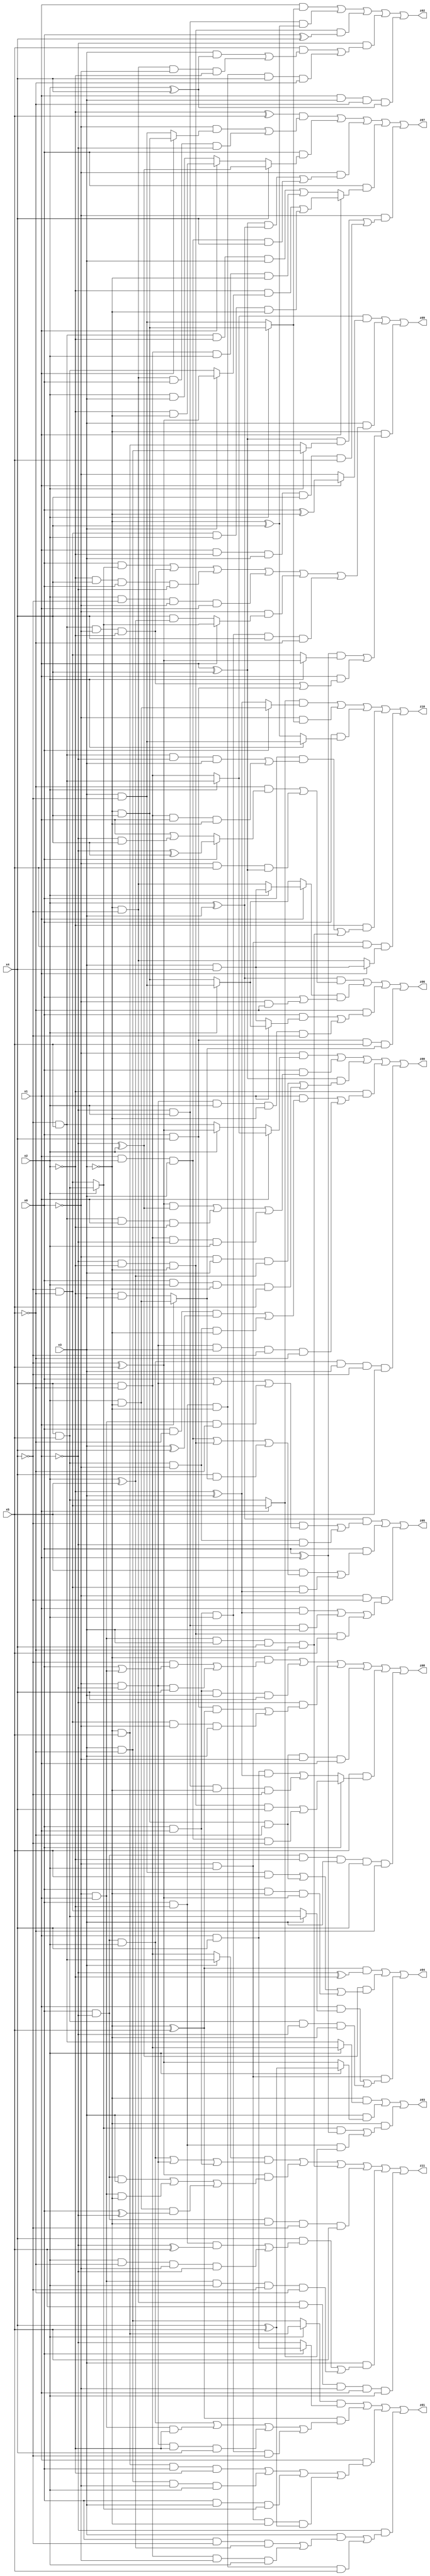
// Benchmark "X_54" written by ABC on Fri Jun 02 22:54:11 2023

module X_54 ( 
    x0, x1, x2, x3, x4, x5,
    z00, z01, z02, z03, z04, z05, z06, z07, z08, z09, z10, z11  );
  input  x0, x1, x2, x3, x4, x5;
  output z00, z01, z02, z03, z04, z05, z06, z07, z08, z09, z10, z11;
  assign z00 = (~x0 & (x1 ? (x2 ? (~x4 & x5) : (x4 & ~x5)) : (x2 ? (~x4 ^ x5) : (~x4 & x5)))) | (x0 & (((~x4 ^ x5) & (~x1 ^ x2)) | (~x4 & x5 & x1 & ~x2) | (x4 & ~x5 & ~x1 & x2))) | ((x1 ^ x4) & ((~x0 & x3 & (x2 ^ x5)) | (x0 & x2 & ~x3 & x5))) | (~x2 & ((x1 & ((x0 & ~x5 & (x3 ^ x4)) | (x4 & x5 & ~x0 & ~x3))) | (~x0 & ~x1 & x3 & ~x4 & ~x5))) | (x0 & ~x1 & x2 & x3 & ~x4 & x5);
  assign z01 = ((x2 ? (~x3 & x5) : (x3 & ~x5)) & (x0 ? (x1 & x4) : ~x1)) | ((~x3 ^ x5) & ((x0 & ~x1 & x2) | (~x0 & x1 & ~x2) | (~x0 & ~x1 & ~x2 & x4) | (x0 & x1 & x2 & ~x4))) | (x1 & ((~x3 & x5 & x0 & ~x2) | (x3 & ~x5 & ~x0 & x2) | (x0 & x3 & (x2 ? (x4 & x5) : (~x4 & ~x5))) | (~x0 & x2 & ~x3 & (x4 ^ x5)))) | (~x1 & ((x3 & ((x0 & ~x4 & (x2 ^ x5)) | (x4 & ~x5 & ~x0 & x2))) | (x0 & ~x2 & ~x3 & x5)));
  assign z02 = (x1 & (x2 ? (~x3 & x4) : (x3 & ~x4))) | (~x1 & x2 & (~x3 ^ x4)) | (~x1 & ~x2 & ~x3 & (x0 ^ x4)) | (~x1 & ((x5 & ((x3 & (x2 ^ x4)) | (~x3 & ~x4 & ~x0 & ~x2))) | (x0 & ~x2 & ~x3 & x4 & ~x5))) | (x1 & x3 & ~x5 & (x2 ^ x4));
  assign z03 = (~x3 & (x2 ? (x4 & ~x5) : (~x4 & x5))) | (x3 & (x2 ? (x4 ^ x5) : (~x4 ^ x5))) | (~x3 & (((x2 ? (x4 & x5) : (~x4 & ~x5)) & (x0 ^ x1)) | (x0 & ~x2 & (x1 ? (~x4 & ~x5) : (x4 & x5)))));
  assign z04 = ((~x3 ^ x5) & (~x1 ^ ~x2)) | ((~x1 ^ x2) & ((x3 & ~x4 & x5) | (~x3 & x4 & ~x5) | (x0 & ~x3 & (~x4 ^ x5)))) | (~x0 & x2 & ((x1 & (x3 ? (x4 & x5) : (~x4 & ~x5))) | (x4 & x5 & ~x1 & ~x3)));
  assign z05 = ((x2 ^ x3) & ((~x4 & (x0 | (~x0 & ~x1) | (~x0 & x1 & ~x5))) | (x4 & x5 & ~x0 & ~x1))) | (x0 & ((x5 & ((x1 & x2 & x3) | (~x1 & ~x2 & ~x3) | (x4 & (x1 ? (x2 & ~x3) : (~x2 & x3))))) | (~x4 & ~x5 & (~x2 ^ x3)))) | (~x0 & ~x4 & ((x1 & (~x2 ^ x3)) | (~x1 & x2 & x3) | (~x1 & ~x2 & ~x3 & x5)));
  assign z06 = ((x2 ^ x3) & ((~x5 & (x0 ? (~x1 ^ x4) : (x1 | (~x1 & x4)))) | (~x0 & x5 & (x1 ^ x4)))) | ((x1 ? (x2 ? (x3 & x4) : (~x3 & ~x4)) : (x2 ? (x3 & ~x4) : (~x3 & x4))) & (x0 | (~x0 & ~x5))) | (~x5 & ((x0 & (x1 ? (x2 ? (x3 & ~x4) : (~x3 & x4)) : (x3 & x4))) | (~x0 & ~x1 & x2 & ~x3 & ~x4))) | (x0 & x4 & x5 & (x1 ? (x2 & ~x3) : (~x2 & x3)));
  assign z07 = ((~x2 ^ x5) & ((~x0 & (x1 ? (~x3 & x4) : (x3 & ~x4))) | (~x3 & ~x4 & x0 & ~x1))) | (x0 & (x4 ? (~x1 ^ x2) : (x1 ? (~x2 & ~x3) : (x2 & x3)))) | (~x0 & (((x1 ^ x4) & (x2 ^ x3)) | (x1 & x2 & x3 & x4))) | (x0 & (x1 ? ((~x2 & (x3 ? (~x4 ^ x5) : (x4 & x5))) | (~x4 & ~x5 & x2 & ~x3)) : ((~x4 & x5 & ~x2 & x3) | (x4 & ~x5 & x2 & ~x3)))) | (~x0 & (((x1 ^ x4) & (x2 ? (x3 & ~x5) : (~x3 & x5))) | (x1 & ~x2 & x3 & x4 & x5)));
  assign z08 = (~x3 & ((~x4 & (x0 | (~x0 & x1))) | (~x0 & ~x1 & x4))) | (x0 & x1 & x3 & x4) | (~x1 & ((x0 & x4 & (~x3 ^ x5)) | (~x4 & ~x5 & ~x0 & x3))) | (~x3 & x4 & ~x5 & ~x0 & x1) | (x5 & (x0 ? ((~x1 & ~x2 & ~x3 & x4) | (x1 & x2 & x3 & ~x4)) : ((x1 & x4 & (~x2 ^ x3)) | (~x1 & x2 & ~x3 & ~x4)))) | (x0 & ~x1 & ~x2 & x3 & x4 & ~x5);
  assign z09 = ((x2 ? (~x4 & x5) : (x4 & ~x5)) & (x1 ? (x0 ^ ~x3) : ~x0)) | (x3 & ((x0 & (x2 ? (x4 & x5) : (~x4 & ~x5))) | (~x4 & x5 & ~x0 & ~x2) | (~x2 & x4 & x0 & ~x1) | (x2 & ~x4 & ~x0 & x1) | (~x0 & (x1 ? (x2 ? (x4 & x5) : (~x4 & ~x5)) : (x4 & (x2 ^ x5)))) | (x0 & x1 & x2 & x4 & ~x5))) | (~x3 & (((x0 ^ x1) & (x2 ? (~x4 ^ x5) : (~x4 & ~x5))) | (x1 & ((~x4 & x5 & ~x0 & ~x2) | (x0 & x4)))));
  assign z10 = ((x1 ? (~x4 & ~x5) : (x4 & x5)) & (x0 ? (x2 & ~x3) : (~x2 ^ x3))) | (~x0 & (x2 ? (~x3 & x4) : (x3 & ~x4))) | (x0 & (x2 ? (x3 & ~x4) : (~x3 ^ x4))) | (~x2 & ((x0 & ((~x4 & x5 & ~x1 & x3) | (x4 & ~x5 & x1 & ~x3))) | (~x0 & x1 & x3 & x4 & ~x5))) | (~x0 & x2 & x5 & (x1 ? (x3 & x4) : (~x3 & ~x4)));
  assign z11 = ((x3 ? (~x4 & x5) : (x4 & ~x5)) & ((x0 & ~x1 & x2) | (~x0 & ~x1) | (x0 & x1))) | ((~x4 ^ x5) & ((x0 & ~x1 & x3) | (~x0 & x1 & ~x3) | (x2 & ~x3 & (x0 ^ ~x1)))) | (~x0 & x1 & x3 & x4 & ~x5) | (x0 & ~x1 & ~x3 & ~x4 & x5) | (x3 & ((x4 & ((x0 & ~x2 & (~x1 ^ x5)) | (x2 & ~x5 & ~x0 & ~x1))) | (~x0 & x1 & x2 & ~x4 & ~x5))) | (~x3 & ~x4 & x5 & ~x0 & x1 & x2);
endmodule